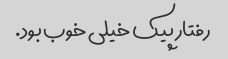
رفتار پیک خیلی خوب بود.